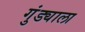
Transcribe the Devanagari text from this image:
गुंड्याला